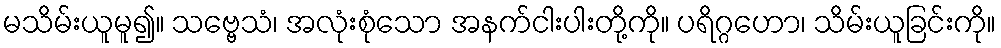
မသိမ်းယူမူ၍။ သဗ္ဗေသံ၊ အလုံးစုံသော အနက်ငါးပါးတို့ကို။ ပရိဂ္ဂဟော၊ သိမ်းယူခြင်းကို။